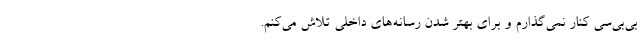
بی‌بی‌سی کنار نمی‌گذارم و برای بهتر شدن رسانه‌های داخلی تلاش می‌کنم.